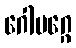
ဂေါမဂ္ဂေ